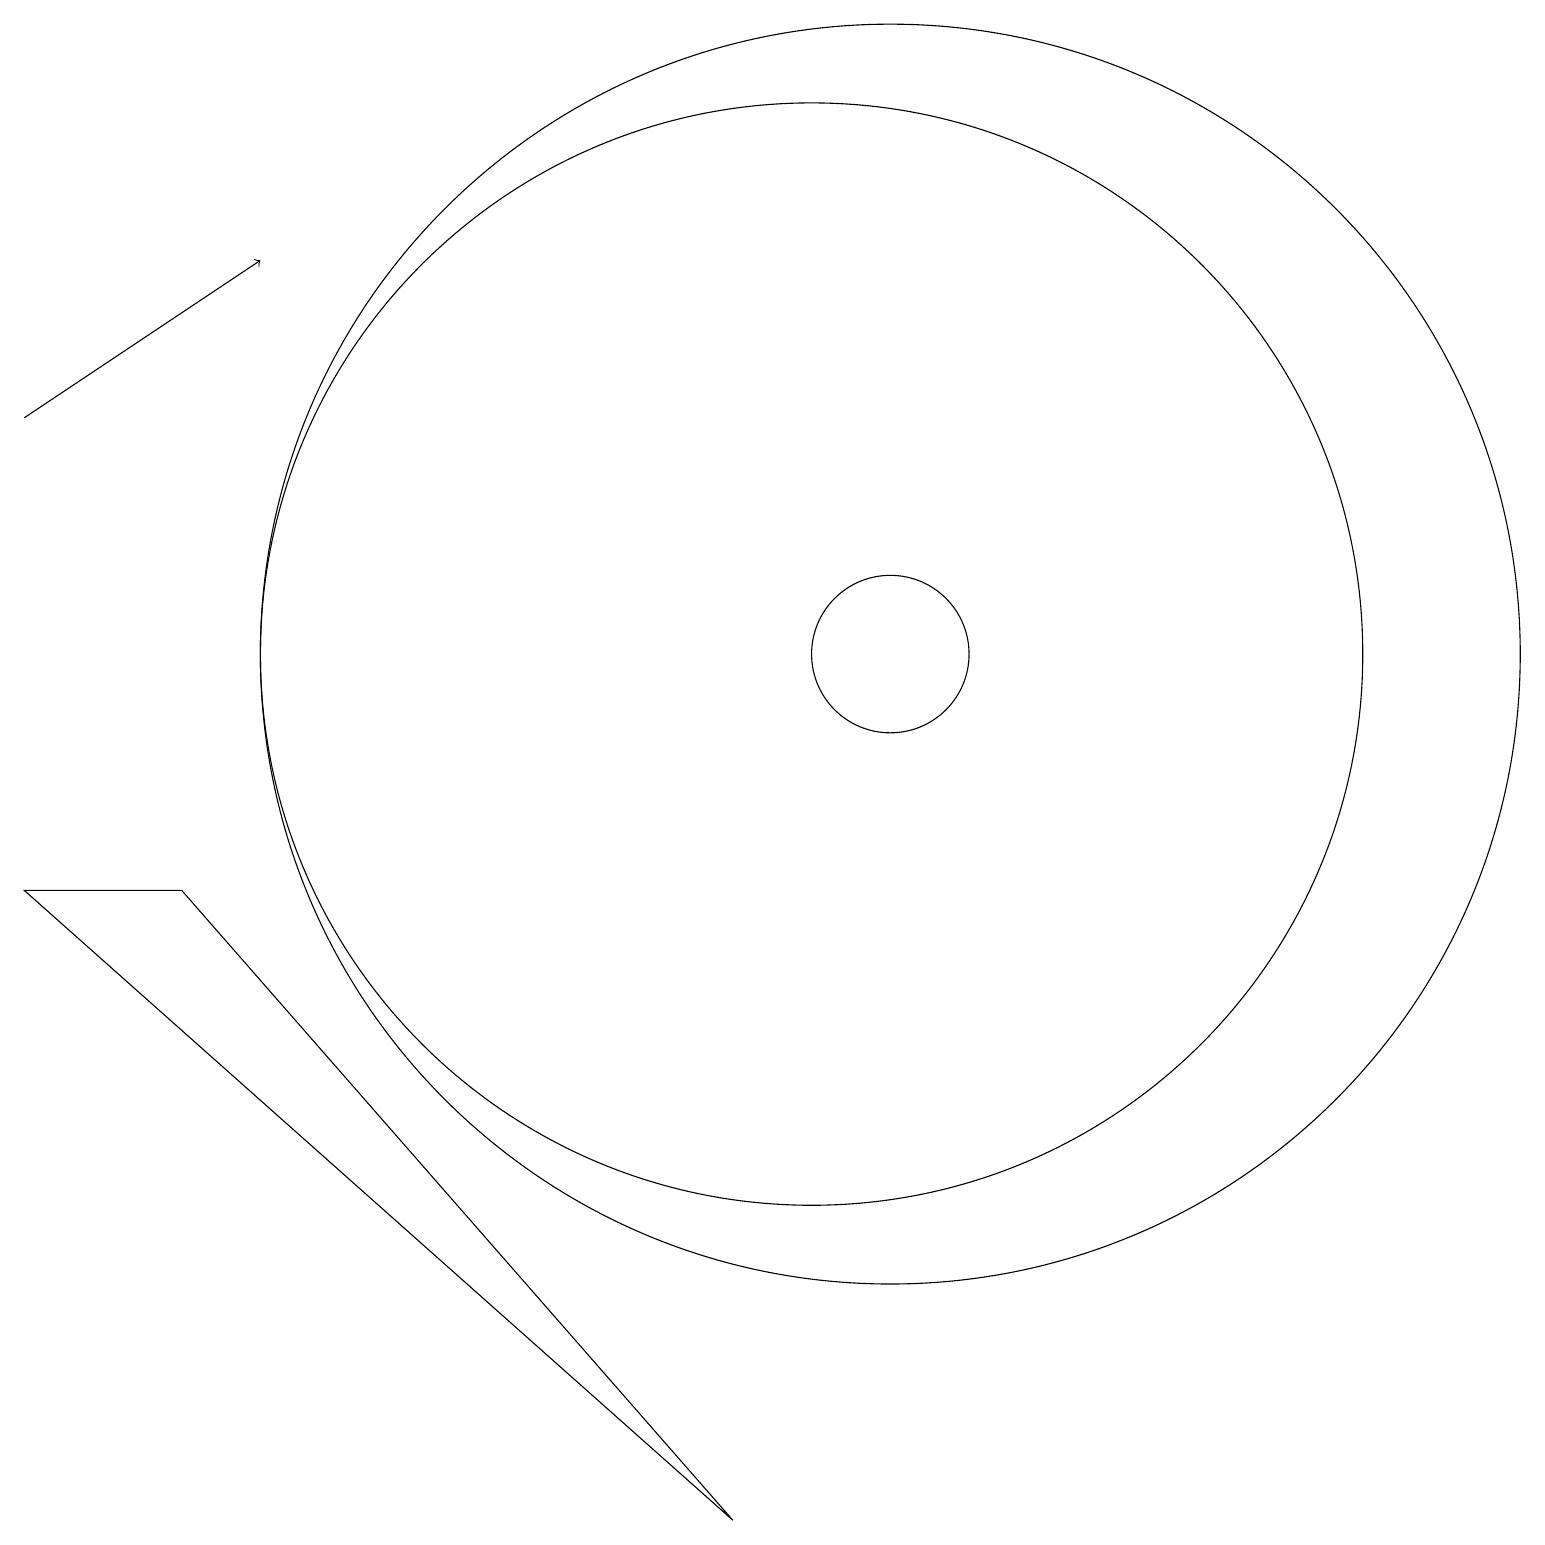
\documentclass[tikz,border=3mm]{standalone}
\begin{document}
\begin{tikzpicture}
\draw (2,8) -- (0,8) -- (9,0) -- cycle;
\draw[->] (0,14) -- (3,16);
\draw (11,11) circle (8);
\draw (10,11) circle (7);
\draw (11,11) circle (1);
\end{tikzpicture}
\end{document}